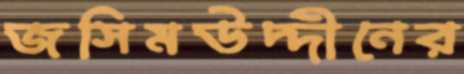
জসিমউদ্দীনের